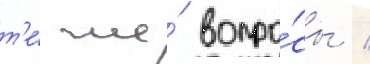
т'е́ же́ вопро́сы /